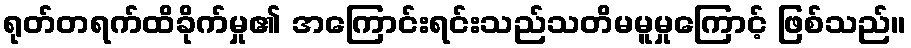
ရုတ်တရက်ထိခိုက်မှု၏ အကြောင်းရင်းသည်သတိမမူမှုကြောင့် ဖြစ်သည်။